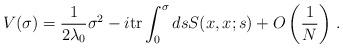
LaTeX: \begin{align*}V(\sigma ) = \frac{1}{2\lambda_0}\sigma^{2} -i\mbox{tr} \int_{0}^{\sigma}ds S(x,x;s) +O\left(\frac{1}{N}\right)\, .\end{align*}